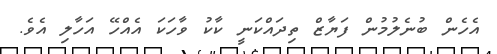
އެހެން ބުނެލުމުން ފަޔާޒް ތިދައްކަނީ ކާކު ވާހަކަ އެއްހޭ އަހާލި އެވެ.